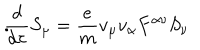
LaTeX: \frac { d } { d \tau } S _ { \mu } = \frac { e } { m } v _ { \mu } v _ { \alpha } F ^ { \alpha \nu } S _ { \nu } \hspace { . 4 i n } .